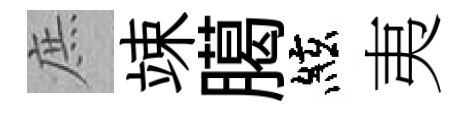
庶竦臈絃夷